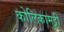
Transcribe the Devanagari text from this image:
कोलिकामुट्ठी